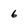
Character: 6